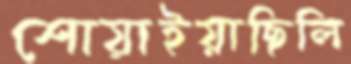
শোয়াইয়াছিলি